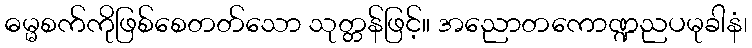
ဓမ္မစက်ကိုဖြစ်စေတတ်သော သုတ္တန်ဖြင့်။ အညောတကောဏ္ဍညပမုခါနံ၊